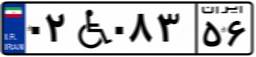
۰۲W۰۸۳۵۶